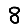
Digit: 8